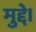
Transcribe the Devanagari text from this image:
मुद्दे।